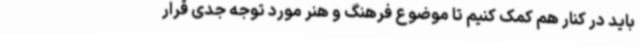
باید در کنار هم کمک کنیم تا موضوع فرهنگ و هنر مورد توجه جدی قرار